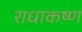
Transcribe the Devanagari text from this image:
राधाकष्‍ण